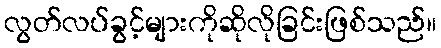
လွတ်လပ်ခွင့်များကိုဆိုလိုခြင်းဖြစ်သည်။